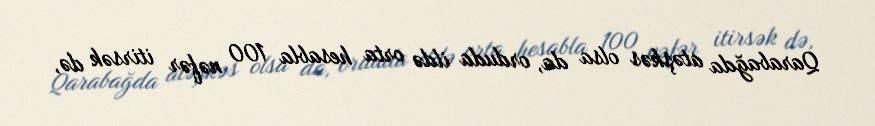
Qarabağda atəşkəs olsa da, orduda ildə orta hesabla 100 nəfər itirsək də,